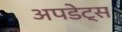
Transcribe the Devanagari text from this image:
अपडेट्स